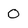
Character: 0